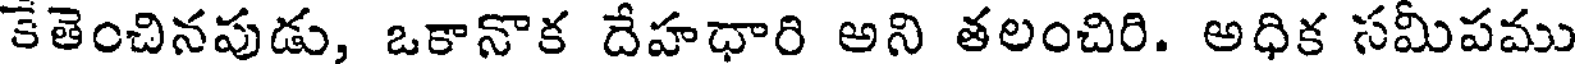
కేతెంచినపుడు, ఒకానొక దేహధారి అని తలంచిరి. అధిక సమీపము